Indian journal of veterinary science and animal husbandry - Volumes 22-23, 1952-1953
Year: 1952
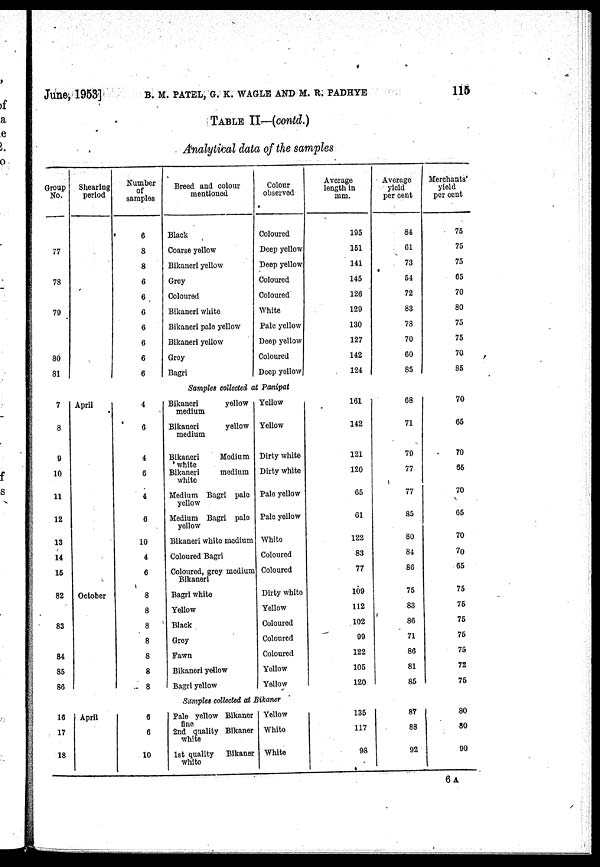
June, 1953] B. M. PATEL, G. K. WAGLE AND M. R. PADHYE 115
TABLE II—(contd.)
Analytical data of the samples
Group
No.
77
78
79
80
81
Shearing
period
Number
of
samples
6
8
8
6
6
6
6
6
6
6
Breed and colour
mentioned
Black
Coarse yellow
Bikaneri yellow
Grey
Coloured
Bikaneri white
Bikaneri pale yellow
Bikaneri yellow
Grey
Bagri
Colour
observed
Coloured
Deep yellow
Deep yellow
Coloured
Coloured
White
Pale yellow
Deep yellow
Coloured
Deep yellow
Average
length in
mm.
195
151
141
145
126
129
130
127
142
124
Average
yield
per cent
84
61
73
54
72
83
78
70
60
85
Merchants
yield
per cent
75
75
75
65
70
80
75
75
70
85
Samples collected at Panipat
7
8
9
10
11
12
13
14
15
82
83
84
85
86
April
October
4
6
4
6
4
6
10
4
6
8
8
8
8
8
8
8
Bikaneri
yellow
medium
Bikaneri
yellow
medium
Bikaneri
Medium
white
Bikaneri
medium
white
Medium Bagri pale
yellow
Medium Bagri pale
yellow
Bikaneri white medium
Coloured Bagri
Coloured, grey medium
Bikaneri
Bagri white
Yellow
Black
Grey
Fawn
Bikaneri yellow
Bagri yellow
Yellow
Yellow
Dirty white
Dirty white
Pale yellow
Pale yellow
White
Coloured
Coloured
Dirty white
Yellow
Coloured
Coloured
Coloured
Yellow
Yellow
161
142
121
120
65
61
122
83
77
109
112
102
99
122
105
120
68
71
79
77
77
85
80
84
86
75
83
86
71
86
81
85
70
65
70
65
70
65
70
70
65
75
75
75
75
75
72
75
Samples collected at Bikaner
16
17
18
April
6
6
10
Pale yellow Bikaner
fine
2nd quality Bikaner
white
1st quality
Bikaner
white
Yellow
White
White
135
117
98
87
88
92
80
80
90
6 A